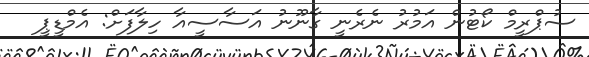
ސުޕްރީމް ކޯޓުން އަމުރު ނެރެނީ ގާނޫނު އަސާސީއާ ހިލާފަށް: އެމްޑީޕީ